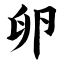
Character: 卵